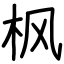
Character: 枫